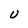
Character: U